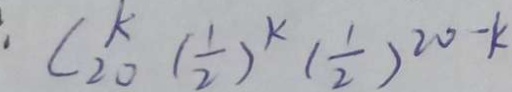
\cdot C _ { 2 0 } ^ { k } ( \frac { 1 } { 2 } ) ^ { k } ( \frac { 1 } { 2 } ) ^ { 2 0 - k }